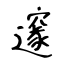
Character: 邃